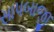
સાપબાજી